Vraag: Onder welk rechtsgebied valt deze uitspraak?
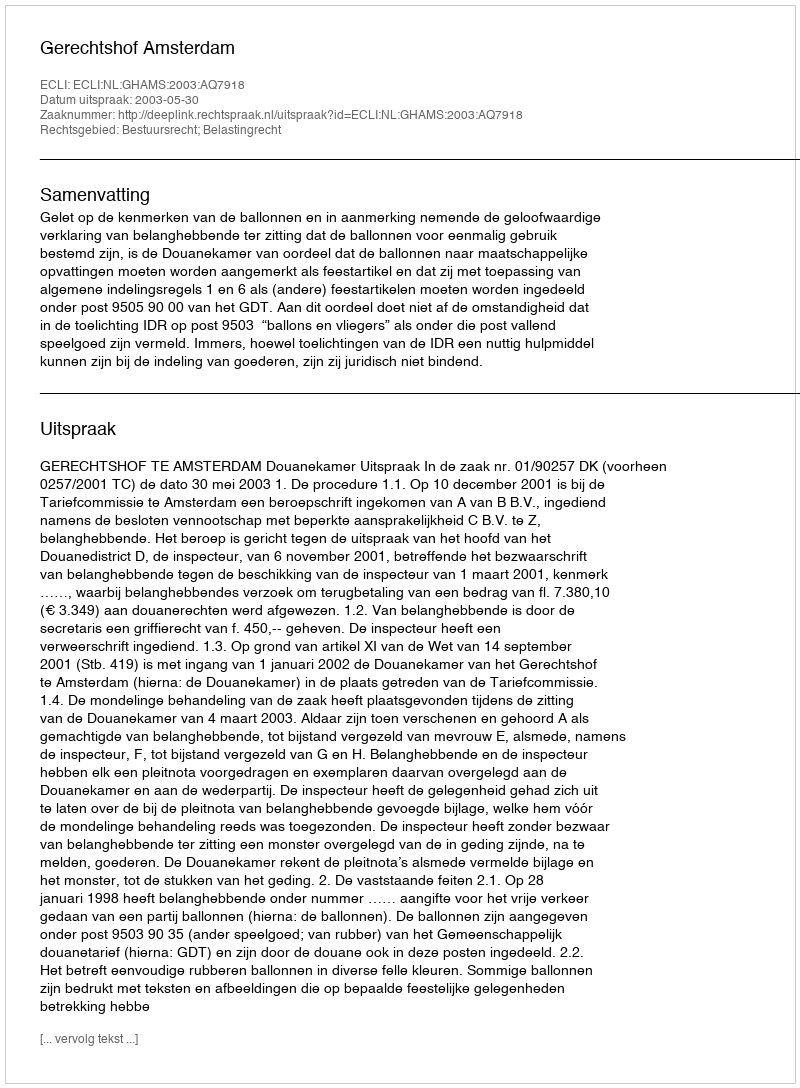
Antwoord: Bestuursrecht; Belastingrecht